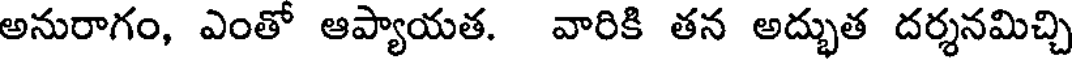
అనురాగం, ఎంతో ఆప్యాయత. వారికి తన అద్భుత దర్శనమిచ్చి